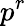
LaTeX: p^{r}